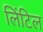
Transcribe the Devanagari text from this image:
लिंटिल